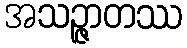
အသဉ္ဇာတဿ